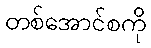
တစ်အောင်စကို